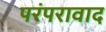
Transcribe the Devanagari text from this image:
परंपरावाद